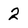
Character: 2